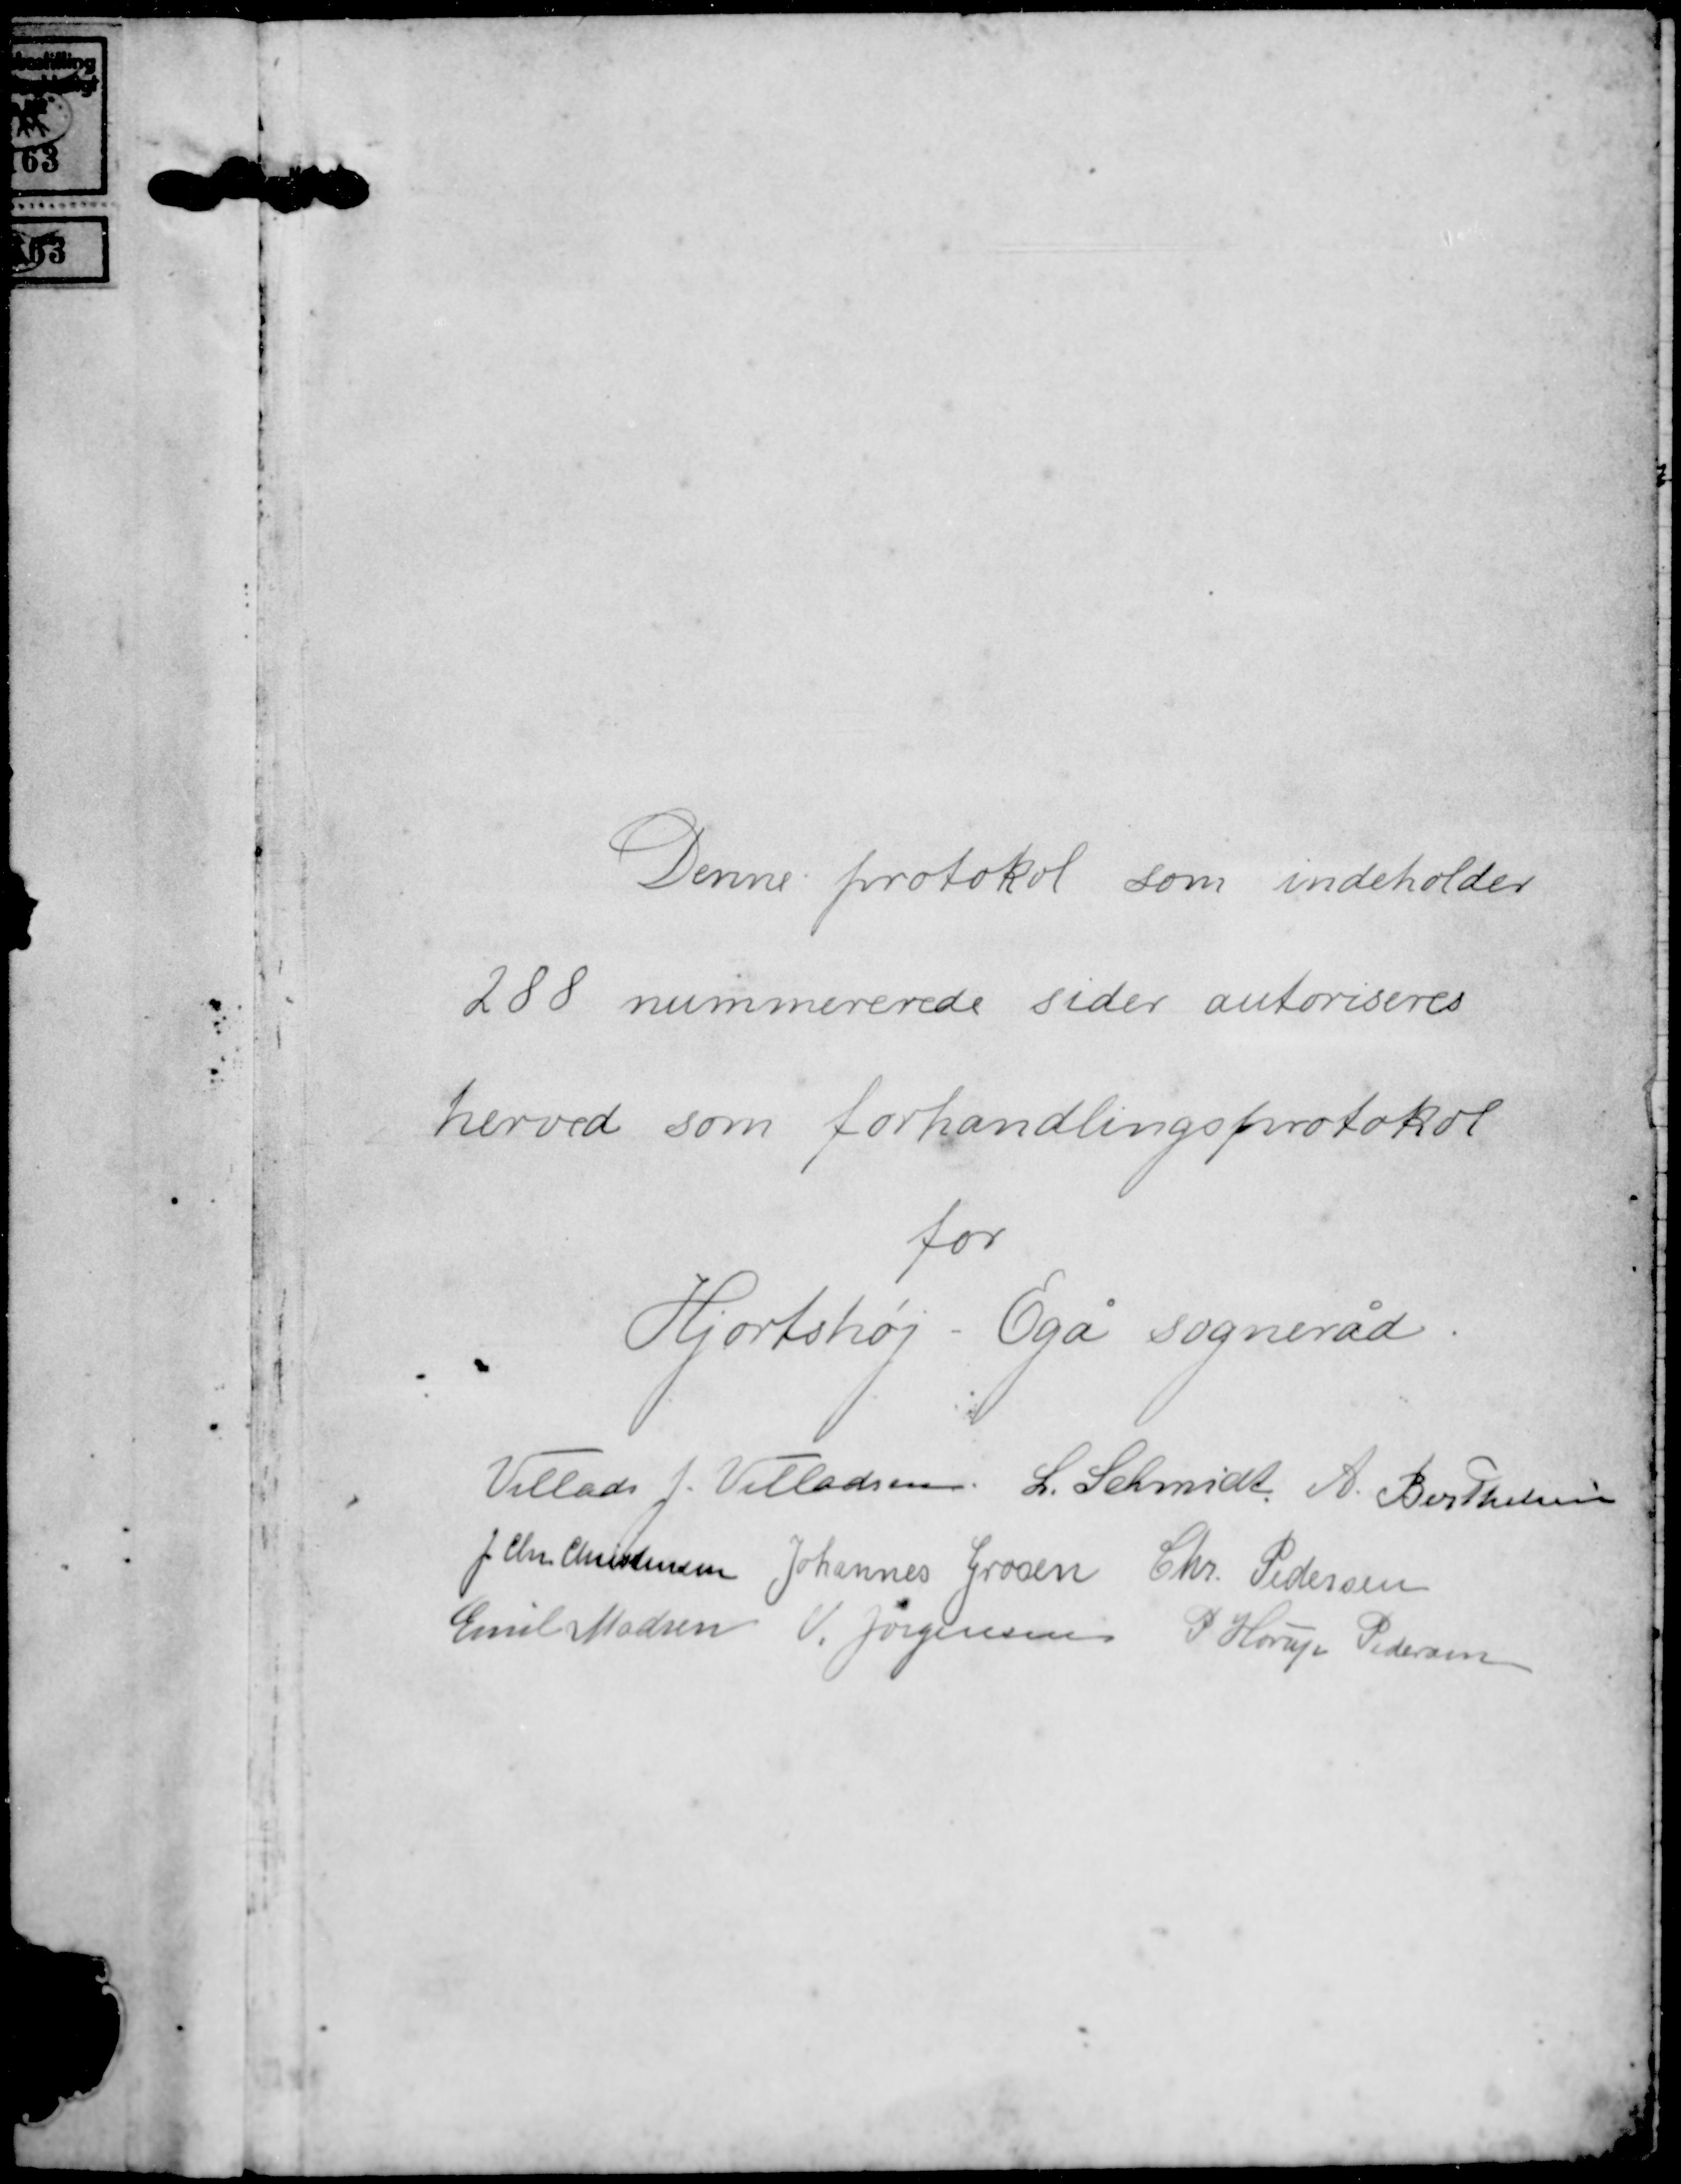
Transskription:
Denne protokol som indeholder
288 nummererede sider autoriseres
herved som forhandlingsprotokol
for
Hjortshøj-Egå sogneråd

Villads J. Villadsen
L. Schmidt
A. Berthelsen
J. Chr. Christensen
Johannes Grosen
Chr. Pedersen
Emil Madsen
V. Jørgensen
P Horup Pedersen